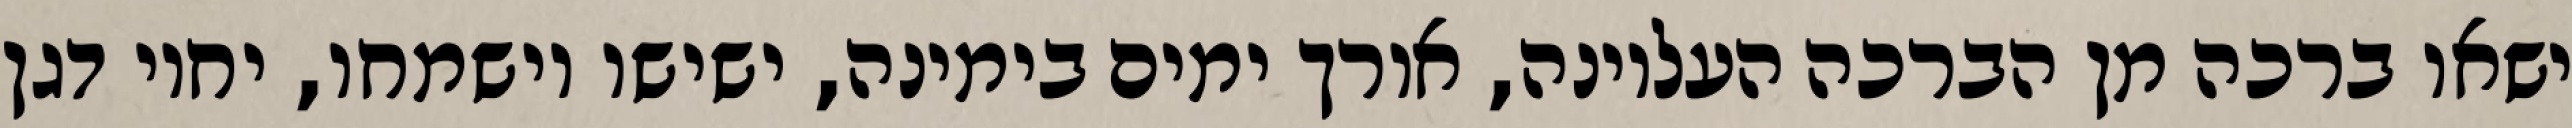
ישאו ברכה מן הברכה העליונה, אורך ימים בימינה, ישישו וישמחו, יחיו דגן